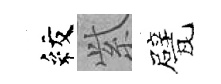
紋𬗋甓